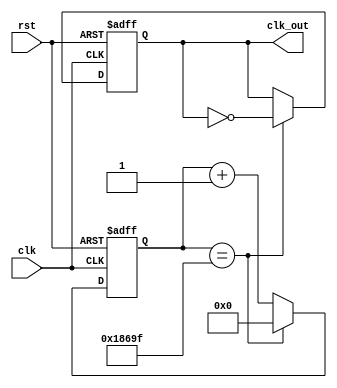
`timescale 1ns / 1ps
//////////////////////////////////////////////////////////////////////////////////
// Company: 
// Engineer: 
// 
// Design Name: 
// Module Name: Divide
// Project Name: 
// Target Devices: 
// Tool Versions: 
// Description: 
// 
// Dependencies: 
// 
// Revision:
// Revision 0.01 - File Created
// Additional Comments:
// 
//////////////////////////////////////////////////////////////////////////////////


module Divide(clk,rst,clk_out);
   input clk,rst;
   output reg clk_out;
   reg[31:0] cnt;


   parameter period = 200000;

   always@(posedge clk,negedge rst)
   begin
      if(!rst) begin
         cnt <=0;
         clk_out<=0;
      end
      else begin
         if(cnt == (period>>1)-1)begin
            clk_out <= ~clk_out;
            cnt <= 0;
         end
         else cnt <= cnt+1;
      end
   end

endmodule